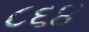
૮૬૪